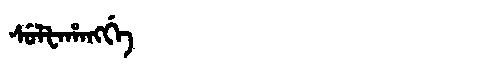
Manchu: ᠰᡠᠯᡶᠠᡥᠠᠩᡤᡝ
Romanization: SULFAHANGGE